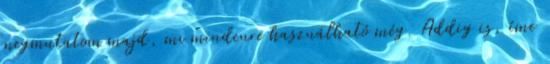
megmutatom majd, mi mindenre használható még. Addig is, íme